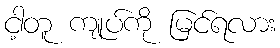
ငါ့တူ ကျုပ်ကို မြင်ရလား